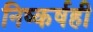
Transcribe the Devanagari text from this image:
निष्कर्षही